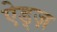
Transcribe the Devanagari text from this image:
ऐड्ज़